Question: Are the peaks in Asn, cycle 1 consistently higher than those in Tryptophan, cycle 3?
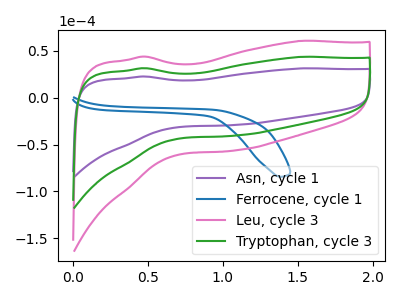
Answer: <think>The purple curve "Asn, cycle 1" has no peaks. The blue curve "Ferrocene, cycle 1" has no peaks. The pink curve "Leu, cycle 3" has no peaks. The green curve "Tryptophan, cycle 3" has no peaks.</think>
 <answer>Niether CV has any peaks.</answer>
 <eval>blanks</eval>